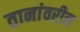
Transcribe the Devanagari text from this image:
तानांवरील